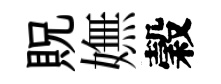
貺嫵穀